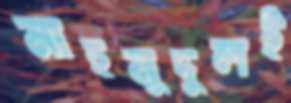
মাহমুদুলই